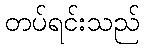
တပ်ရင်းသည်